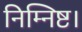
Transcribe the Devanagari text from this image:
निम्निष्ट।